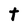
Character: t